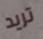
تريد